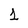
Character: 1